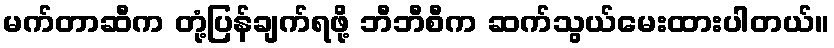
မက်တာဆီက တုံ့ပြန်ချက်ရဖို့ ဘီဘီစီက ဆက်သွယ်မေးထားပါတယ်။